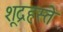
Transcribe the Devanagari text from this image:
शूद्रहस्ते